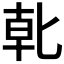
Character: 𭅓